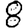
Digit: 8